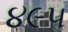
૪૯૫